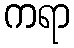
ကရာ